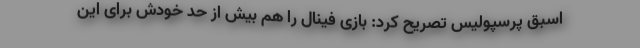
اسبق پرسپولیس تصریح کرد: بازی فینال را هم بیش از حد خودش برای این